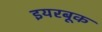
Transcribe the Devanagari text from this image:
इयरबूक